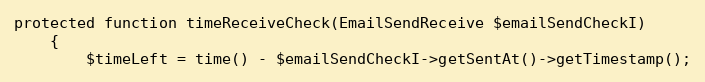
Language: PHP
protected function timeReceiveCheck(EmailSendReceive $emailSendCheckI)
    {
        $timeLeft = time() - $emailSendCheckI->getSentAt()->getTimestamp();